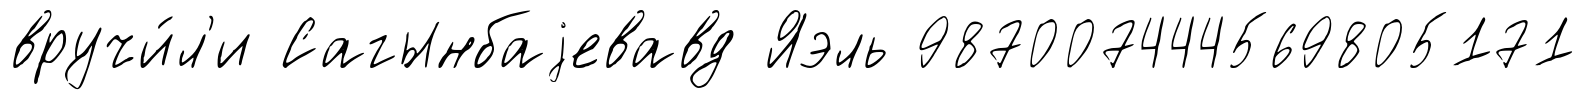
вручи́л'и Сагынбаjевавд Яэль 987007444569805171